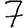
Digit: 7